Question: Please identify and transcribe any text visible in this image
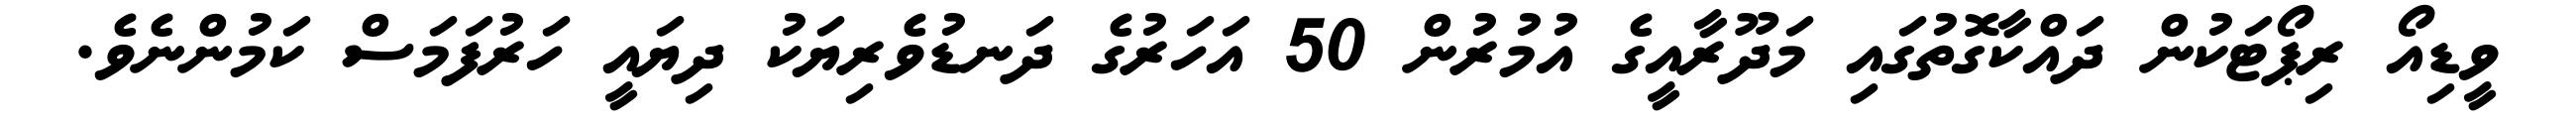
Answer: ވީޑިއޯ ރިޕޯޓަކުން ދައްކާގޮތުގައި މަދޫރާއީގެ އުމުރުން 50 އަހަރުގެ ދަނޑުވެރިޔަކު ދިޔައީ ހަރުފަމަސް ކަމުންނެވެ.